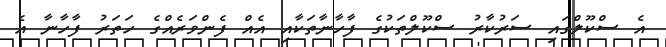
އެ ސްކޫލްގައި ސަރުކާރު ސްކޫލްތަކުގެ ފާހާނާތަކާއި އެއް ފެންވަރެއްގެ ހަތަރު ފާހާނާ އެ